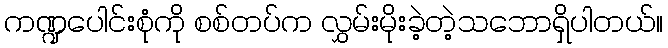
ကဏ္ဍပေါင်းစုံကို စစ်တပ်က လွှမ်းမိုးခဲ့တဲ့သဘောရှိပါတယ်။